Plague in India, 1896, 1897 - Volume 1
Year: 1896
Disease focus: Plague
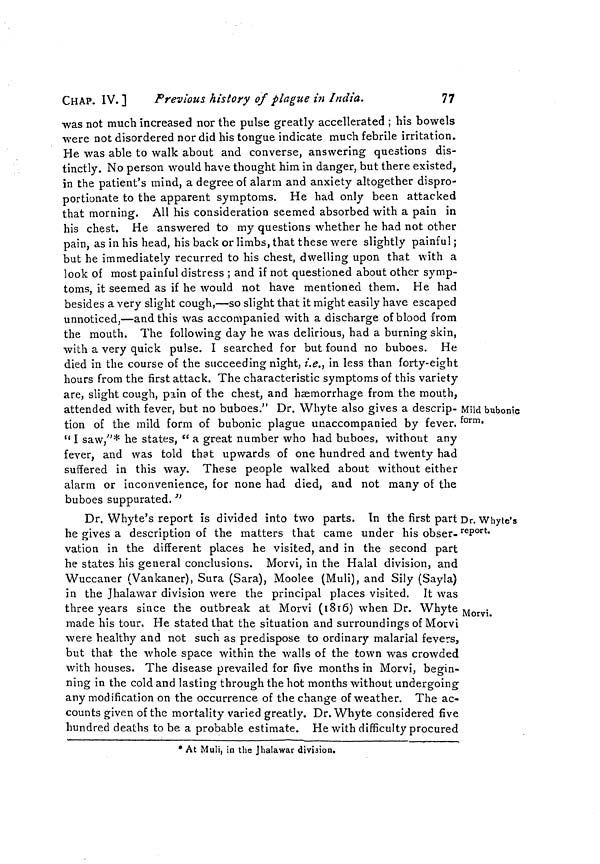
CHAP. IV.]
Previous history of plague in India.
77
Mild bubonic
form.
was not much increased nor the pulse greatly accellerated ; his bowels
were not disordered nor did his tongue indicate much febrile irritation.
He was able to walk about and converse, answering questions dis-
tinctly. No person would have thought him in danger, but there existed,
in the patient's mind, a degree of alarm and anxiety altogether dispro-
portionate to the apparent symptoms. He had only been attacked
that morning. All his consideration seemed absorbed with a pain in
his chest. He answered to my questions whether he had not other
pain, as in his head, his back or limbs, that these were slightly painful ;
but he immediately recurred to his chest, dwelling upon that with a
look of most painful distress ; and if not questioned about other symp-
toms, it seemed as if he would not have mentioned them. He had
besides a very slight cough,—so slight that it might easily have escaped
unnoticed,—and this was accompanied with a discharge of blood from
the mouth. The following day he was delirious, had a burning skin,
with a very quick pulse. I searched for but found no buboes. He
died in the course of the succeeding night, i.e., in less than forty-eight
hours from the first attack. The characteristic symptoms of this variety
are, slight cough, pain of the chest, and haemorrhage from the mouth,
attended with fever, but no buboes." Dr. Whyte also gives a descrip-
tion of the mild form of bubonic plague unaccompanied by fever.
" I saw,"* he states, " a great number who had buboes, without any
fever, and was told that upwards of one hundred and twenty had
suffered in this way. These people walked about without either
alarm or inconvenience, for none had died, and not many of the
buboes suppurated. "
Dr. Whyte's
report.
Morvi.
Dr. Whyte's report is divided into two parts. In the first part E
he gives a description of the matters that came under his obser-
vation in the different places he visited, and in the second part
he states his general conclusions. Morvi, in the Halal division, and
Wuccaner (Vankaner), Sura (Sara), Moolee (Muli), and Sily (Sayla)
in the Jhalawar division were the principal places visited. It was
three years since the outbreak at Morvi (1816) when Dr. Whyte
made his tour. He stated that the situation and surroundings of Morvi
were healthy and not such as predispose to ordinary malarial fevers,
but that the whole space within the walls of the town was crowded
with houses. The disease prevailed for five months in Morvi, begin-
ning in the cold and lasting through the hot months without undergoing
any modification on the occurrence of the change of weather. The ac-
counts given of the mortality varied greatly. Dr. Whyte considered five
hundred deaths to be a probable estimate. He with difficulty procured
* At Muli, in the Jhalawar division.